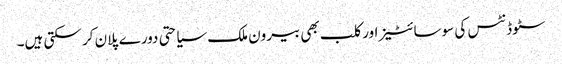
سٹوڈنٹس کی سوسائٹیز اور کلب بھی بیرون ملک سیاحتی دورے پلان کر سکتی ہیں۔